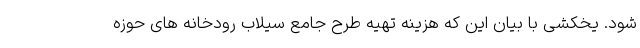
شود. یخکشی با بیان این که هزینه تهیه طرح جامع سیلاب رودخانه های حوزه